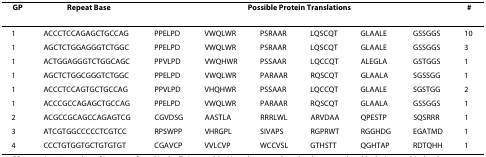
<table><thead><tr><td><b>GP</b></td><td><b>Repeat Base</b></td><td colspan="6"><b>Possible Protein Translations</b></td><td><b>#</b></td></tr></thead><tbody><tr><td>1</td><td>ACCCTCCAGAGCTGCCAG</td><td>PPELPD</td><td>VWQLWR</td><td>PSRAAR</td><td>LQSCQT</td><td>GLAALE</td><td>GSSGGS</td><td>10</td></tr><tr><td>1</td><td>AGCTCTGGAGGGTCTGGC</td><td>PPELPD</td><td>VWQLWR</td><td>PSRAAR</td><td>LQSCQT</td><td>GLAALE</td><td>GSSGGS</td><td>3</td></tr><tr><td>1</td><td>ACTGGAGGGTCTGGCAGC</td><td>PPVLPD</td><td>VWQHWR</td><td>PSSAAR</td><td>LQCCQT</td><td>ALEGLA</td><td>GSTGGS</td><td>1</td></tr><tr><td>1</td><td>AGCTCTGGCGGGTCTGGC</td><td>PPELPD</td><td>VWQLWR</td><td>PARAAR</td><td>RQSCQT</td><td>GLAALA</td><td>SGSSGG</td><td>1</td></tr><tr><td>1</td><td>ACCCTCCAGTGCTGCCAG</td><td>PPVLPD</td><td>VHQHWR</td><td>PSSAAR</td><td>LQCCQT</td><td>GLAALE</td><td>SGSTGG</td><td>2</td></tr><tr><td>1</td><td>ACCCGCCAGAGCTGCCAG</td><td>PPELPD</td><td>VWQLWR</td><td>PARAAR</td><td>RQSCQT</td><td>GLAALA</td><td>GSSGGS</td><td>1</td></tr><tr><td>2</td><td>ACGCCGCAGCCAGAGTCG</td><td>CGVDSG</td><td>AASTLA</td><td>RRRLWL</td><td>ARVDAA</td><td>QPESTP</td><td>SQSRRR</td><td>1</td></tr><tr><td>3</td><td>ATCGTGGCCCCCTCGTCC</td><td>RPSWPP</td><td>VHRGPL</td><td>SIVAPS</td><td>RGPRWT</td><td>RGGHDG</td><td>EGATMD</td><td>1</td></tr><tr><td>4</td><td>CCCTGTGGTGCTGTGTGT</td><td>CGAVCP</td><td>VVLCVP</td><td>WCCVSL</td><td>GTHSTT</td><td>QGHTAP</td><td>RDTQHH</td><td>1</td></tr></tbody></table>